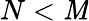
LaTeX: N<\mathit{M}